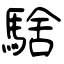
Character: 騇